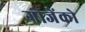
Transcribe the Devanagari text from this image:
गोजेंको